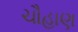
ચૌહાણ